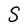
Character: S